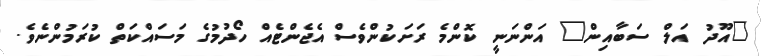
"އޫދު އަލް ސަބާއިން" އަންނަނީ ކޮންމެ ރަށަކުންވެސް އެޖެންޓެއް ހޯދުމުގެ މަސައްކަތް ކުރަމުންނެވެ.